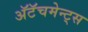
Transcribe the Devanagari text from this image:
अॅटॅचमेन्ट्‌स